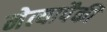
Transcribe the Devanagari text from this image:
नेत्यापैकी